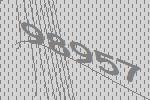
98957